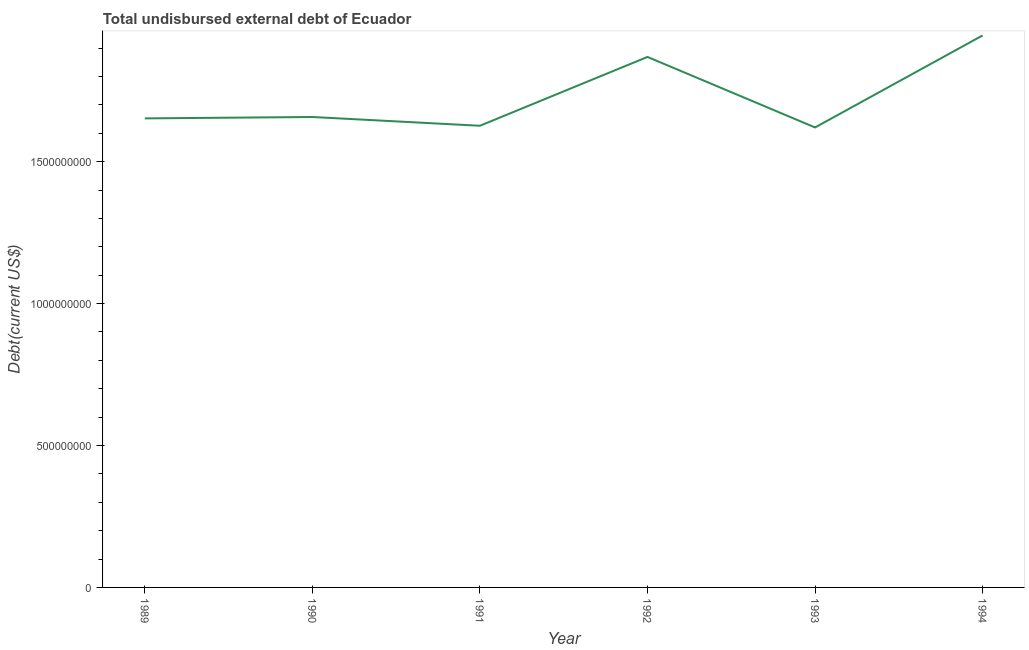
| Year | Total debt |
 | --- | --- |
 | 1989 | 1.65e+09 |
 | 1990 | 1.66e+09 |
 | 1991 | 1.63e+09 |
 | 1992 | 1.87e+09 |
 | 1993 | 1.62e+09 |
 | 1994 | 1.94e+09 |